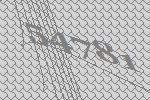
54781